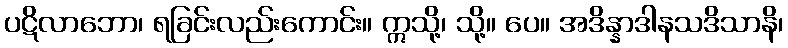
ပဋိလာဘော၊ ရခြင်းလည်းကောင်း။ ဣသို့၊ သို့။ ပေ။ အဒိန္နာဒါနသဒိသာနိ၊